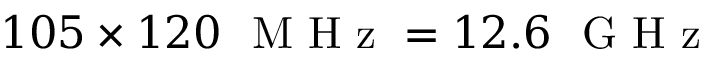
1 0 5 \times 1 2 0 ~ \mathrm { ~ M ~ H ~ z ~ } = 1 2 . 6 ~ \mathrm { ~ G ~ H ~ z ~ }